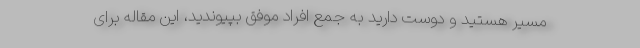
مسیر هستید و دوست دارید به جمع افراد موفق بپیوندید، این مقاله برای